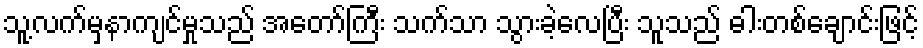
သူ့လက်မှနာကျင်မှုသည် အတော်ကြီး သက်သာ သွားခဲ့လေပြီး သူသည် ဓါးတစ်ချောင်းဖြင့်